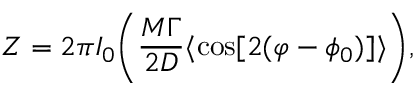
Z = 2 \pi I _ { 0 } \bigg ( \frac { M \Gamma } { 2 D } \langle \cos [ 2 ( \varphi - \phi _ { 0 } ) ] \rangle \bigg ) ,